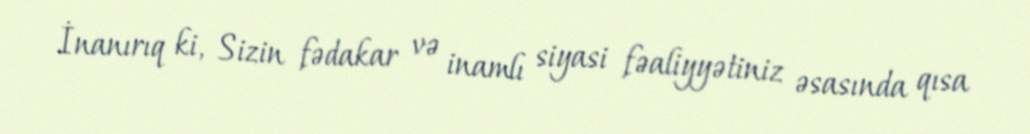
İnanırıq ki, Sizin fədakar və inamlı siyasi fəaliyyətiniz əsasında qısa